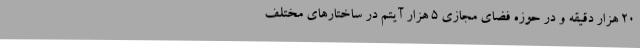
20 هزار دقیقه و در حوزه فضای مجازی 5 هزار آیتم در ساختارهای مختلف